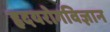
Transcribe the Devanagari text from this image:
हृदयरोगविज्ञान